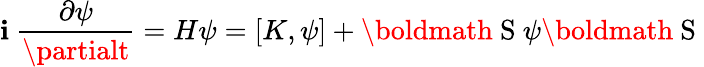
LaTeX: \mathbf{i}~\frac{{\partial\psi}}{{\partialt}}=H\psi=[K,\psi]+\mathrm{{\boldmath~S~}}\psi\mathrm{{\boldmath~S~}}